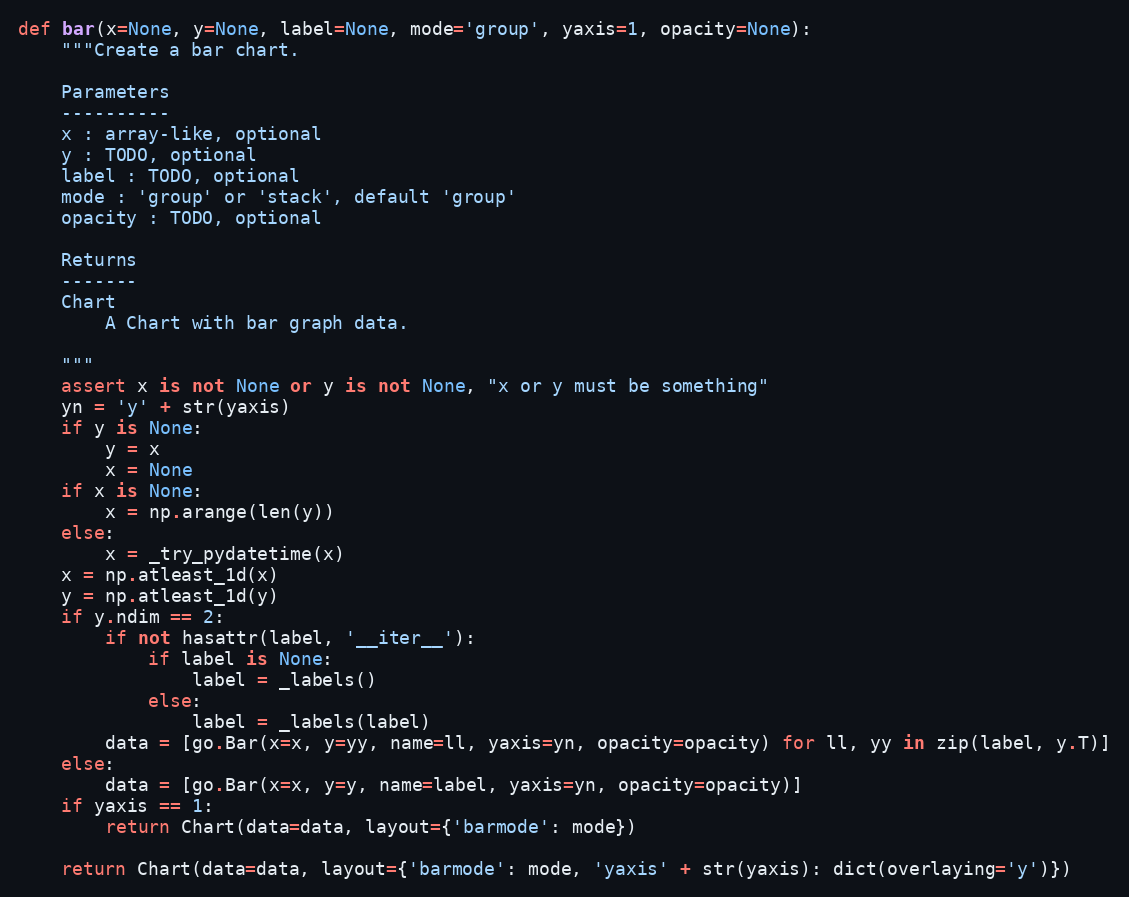
Language: Python
def bar(x=None, y=None, label=None, mode='group', yaxis=1, opacity=None):
    """Create a bar chart.

    Parameters
    ----------
    x : array-like, optional
    y : TODO, optional
    label : TODO, optional
    mode : 'group' or 'stack', default 'group'
    opacity : TODO, optional

    Returns
    -------
    Chart
        A Chart with bar graph data.

    """
    assert x is not None or y is not None, "x or y must be something"
    yn = 'y' + str(yaxis)
    if y is None:
        y = x
        x = None
    if x is None:
        x = np.arange(len(y))
    else:
        x = _try_pydatetime(x)
    x = np.atleast_1d(x)
    y = np.atleast_1d(y)
    if y.ndim == 2:
        if not hasattr(label, '__iter__'):
            if label is None:
                label = _labels()
            else:
                label = _labels(label)
        data = [go.Bar(x=x, y=yy, name=ll, yaxis=yn, opacity=opacity) for ll, yy in zip(label, y.T)]
    else:
        data = [go.Bar(x=x, y=y, name=label, yaxis=yn, opacity=opacity)]
    if yaxis == 1:
        return Chart(data=data, layout={'barmode': mode})

    return Chart(data=data, layout={'barmode': mode, 'yaxis' + str(yaxis): dict(overlaying='y')})